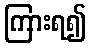
ကြားရ၍